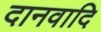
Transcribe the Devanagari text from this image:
दानवादि